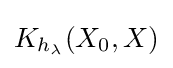
K_{h_{\lambda }}(X_{0},X)